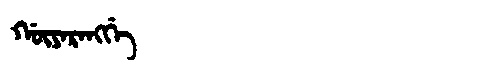
Manchu: ᡤᡡᠶᠠᡵᠠᠩᡤᡝ
Romanization: GŪYARANGGE